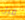
قبل